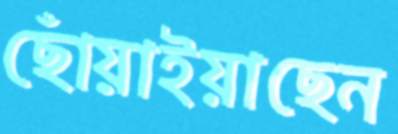
ছোঁয়াইয়াছেন